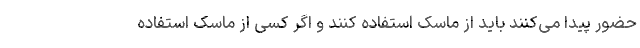
حضور پیدا می‌کنند باید از ماسک استفاده کنند و اگر کسی از ماسک استفاده